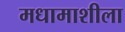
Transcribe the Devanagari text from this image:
मधामाशीला